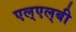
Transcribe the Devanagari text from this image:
एल्‌एल्‌बी